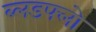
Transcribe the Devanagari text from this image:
ब्लडफ्लो